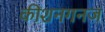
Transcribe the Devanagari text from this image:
कीशनगनज